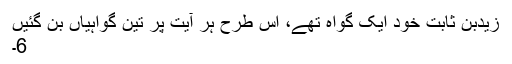
زیدبن ثابت خود ایک گواہ تھے، اس طرح ہر آیت پر تین گواہیاں بن گئیں
6۔